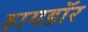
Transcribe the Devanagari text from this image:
हायडॉर